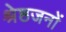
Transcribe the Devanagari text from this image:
श्रेष्ठजनों